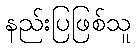
နည်းပြဖြစ်သူ